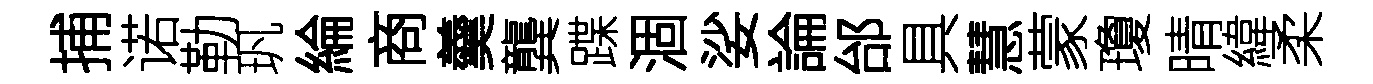
捕诺勒㺬綸商羹龔蹀涸娑論邰具慧蒙瓊晴緯柔